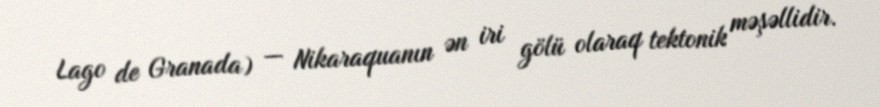
Lago de Granada) — Nikaraquanın ən iri gölü olaraq tektonik məşəllidir.